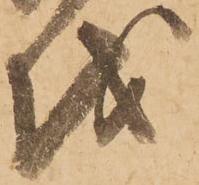
越